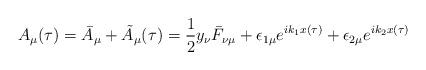
LaTeX: \begin{align*}A_{\mu} (\tau) = \bar{A}_{\mu} + \tilde{A}_{\mu} (\tau) = \frac{1}{2} y_{\nu} \bar{F}_{\nu \mu} + \epsilon_{1 \mu} e^{i k_{1} x(\tau)} + \epsilon_{2 \mu} e^{i k_{2} x(\tau)} \end{align*}